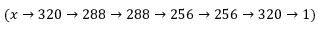
( x \rightarrow 3 2 0 \rightarrow 2 8 8 \rightarrow 2 8 8 \rightarrow 2 5 6 \rightarrow 2 5 6 \rightarrow 3 2 0 \rightarrow 1 )